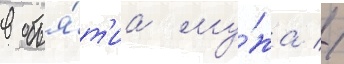
в объя́т'иа му́жа //